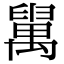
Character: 𦦔